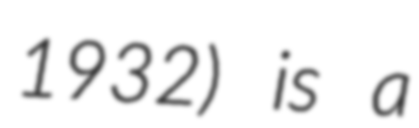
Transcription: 1932) is a